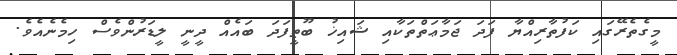
މީގެތެރޭގައި ކަފުތާރިއްޔާ ފަދަ ޖަމާޢަތްތަކާއި ޝައިޚު ބޫޠީފަދަ ބައެއް ދީނީ ލީޑަރުންވެސް ހިމެނެއެވެ.